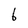
Character: 6